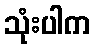
သုံးပါက